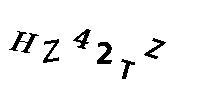
HZ42TZ